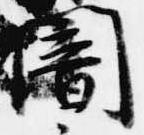
闇